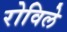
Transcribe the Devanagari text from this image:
रोविले